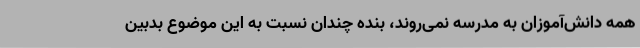
همه دانش‌آموزان به مدرسه نمی‌روند، بنده چندان نسبت به این موضوع بدبین